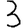
Digit: 3